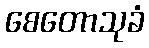
စေတောသုခံ